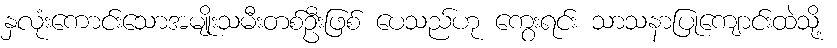
နှလုံးကောင်းသောအမျိုးသမီးတစ်ဦးဖြစ် ပေသည်ဟု ကွေးရင်း သာသနာပြုကျောင်းထဲသို့